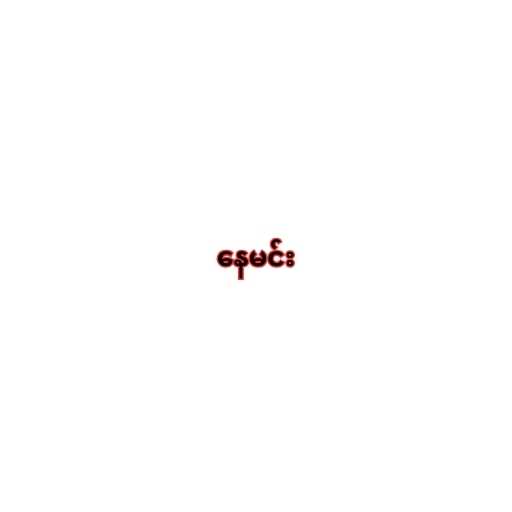
နေမင်း